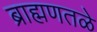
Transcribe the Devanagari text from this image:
ब्राह्मणतळे